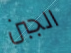
الجبن